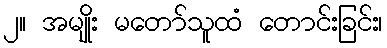
၂။ အမျိုး မတော်သူထံ တောင်းခြင်း၊